Report on sanitation, dispensaries, and jails in Rajputana for 1917, and on vaccination for the year 1917-1918 - 1917-1918
Year: 1917
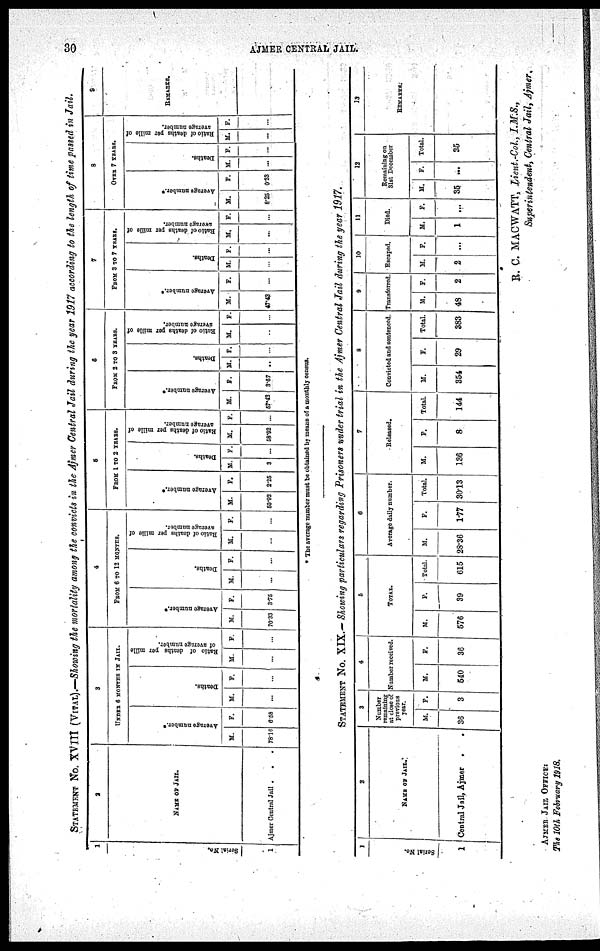
30
AJMER CENTRAL JAIL.
STATEMENT No. XVIII (VITAL).—Showing the mortality among the convicts in the Ajmer Central Jail during the year 1917 according to the length of time passed in Jail.
1
Serial No.
1
2
NAME OF JAIL.
Ajmer Central Jail .
. .
3
UNDER 6 MONTHS IN JAIL.
Average number.*
M.
78.16
F.
6.58
Deaths.
M.
...
F.
...
Ratio of deaths per mille
of average number.
M.
...
F.
...
4
FROM 6 TO 12 MONTHS.
Average number.*
M.
70.33
F.
3.75
Deaths.
M.
...
F.
...
Ratio of deaths per mille of
average number.
M.
...
F.
...
5
FROM 1 TO 2 YEARS.
Ave r
a ge number.*
M.
50.92
F.
2.25
Deat hs .
M.
3
F.
...
Ratio of deaths per mille of
average number.
M.
68.92
F.
...
6
FROM 2 TO 3 YEARS.
Average number.*
M.
57.43
F.
3.67
Deaths.
M.
..
F.
...
Ratio of deaths per mille of
average number.
M.
...
F.
...
7
FROM 3 TO 7 YEARS.
Ave r
a ge number.*
M.
47.43
F.
...
Deat hs .
M.
...
F.
...
Ratio of deaths per mille of
average number.
M.
...
F.
...
8
OVER 7 YEARS.
Average number.*
M.
8.25
F.
0.38
Deaths.
M.
...
F.
...
Ratio of deaths per mille of
average number.
M.
...
F.
...
9
REMARKS.
* The average number must be obtained by means of a monthly census.
STATEMENT No. XIX.— Showing particulars regarding Prisoners under trial in the Ajmer Central Jail during the year 1917.
1
Serial No.
1
2
NAME OF JAIL.
Central Jail, Ajmer .
.
3
Number
remaining
at close of
previous
year.
M.
36
F.
3
4
Number received.
M.
540
F.
36
5
TOTAL.
M.
576
F.
39
Total.
615
6
Average daily number.
M.
28.36
F.
1.77
Total.
30.13
7
Released.
M.
136
F.
8
Total.
144
8
Convicted and sentenced.
M.
354
F.
29
Total.
383
9
Transferred.
M.
48
F.
2
10
Escaped.
M.
2
F.
...
11
Died.
M.
1
F.
...
12
Remaining on
31st December
M.
35
F.
...
Total.
35
13
REMARKS.
R. C. MACWATT, Lieut.-Col, I.M.S.,
Superintendent, Central Jail, Ajmer.
AJMER JAIL OFFICE:
The 10th February 1918.